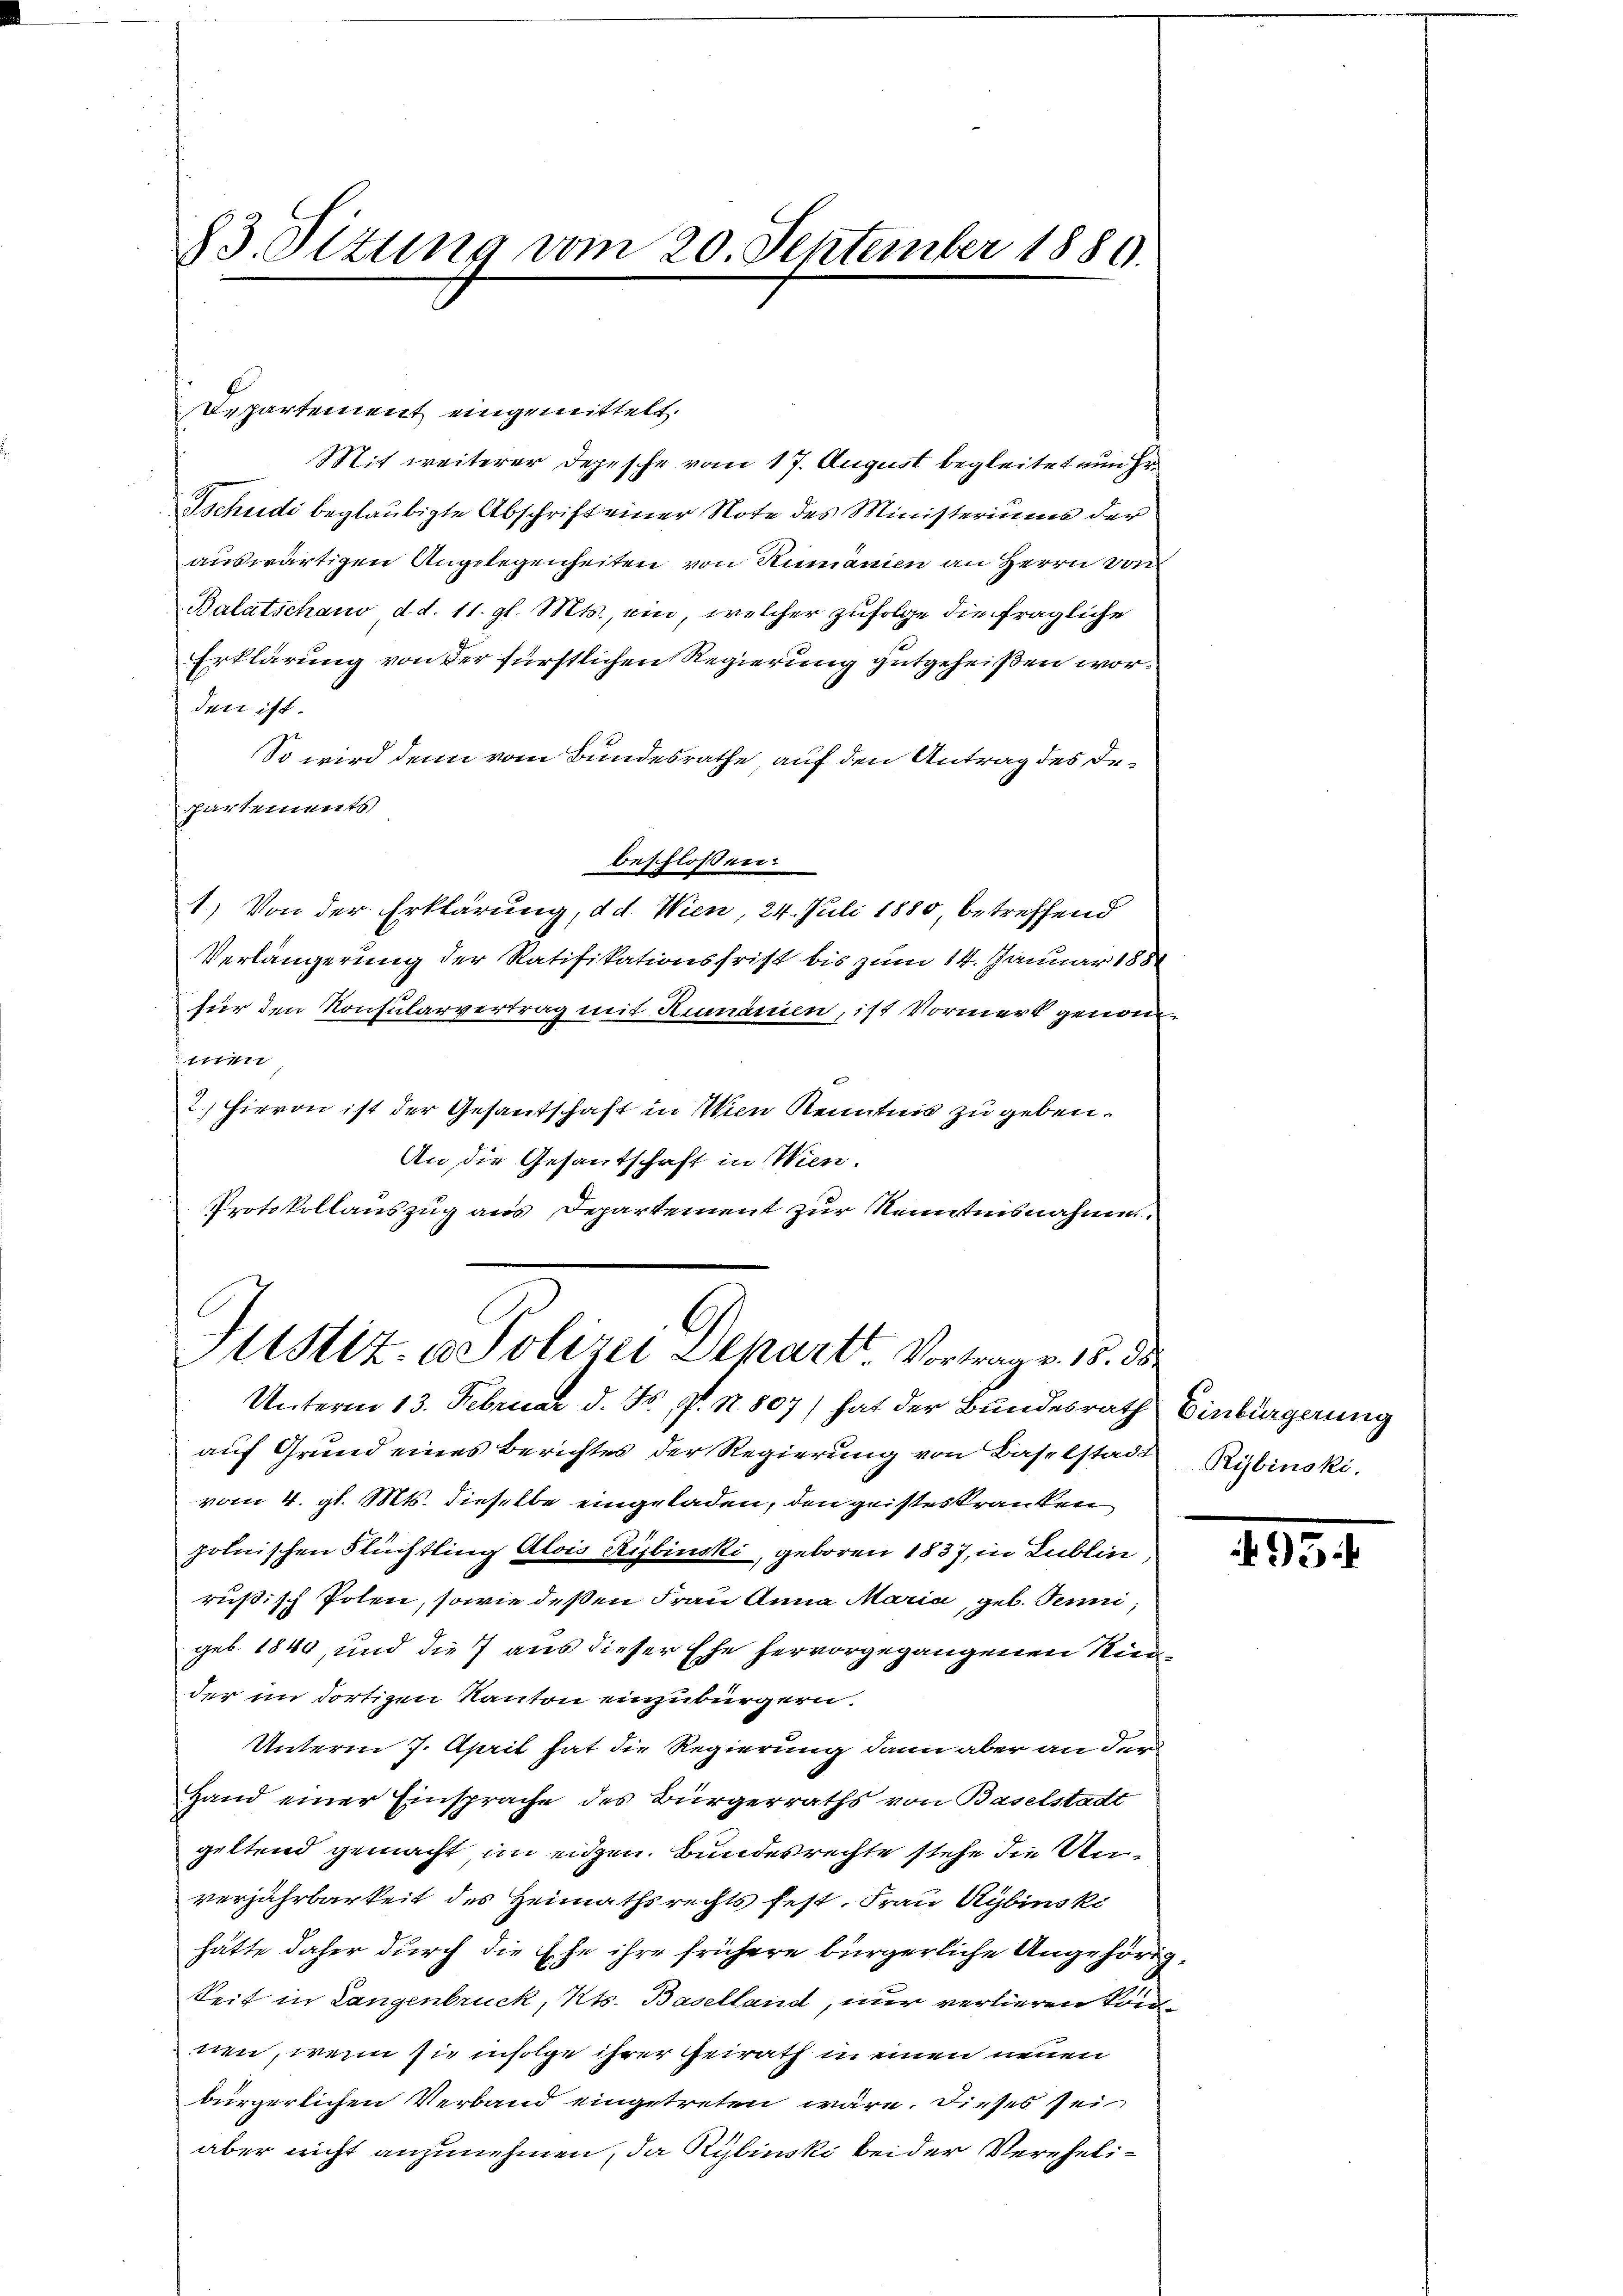
83. Sitzung vom 20. September 1889.

Departement eingemittelt.
Mit weiterer Depesche vom 17. August begleitet nun Hr.
Tschudi beglaubigte Abschrift einer Note des Ministeriums der
auswärtigen Angelegenheiten von Rumänien an Herrn von
Balatschaus d. d. 11. gl. Mts., ein, welcher zufolge die fragliche
Erklärung von der fürstlichen Regierung gutgeheißen worden ist.
So wird denn vom Bundesrathe auf den Antrag des Departements
beschlossen:
1.) Von der Erklärung, d. d. Wien, 24. Juli 1880, betreffend
Verlängerung der Ratifikationsfrist bis zum 14. Januar 188
für den Konsularvertrag mit Rumänien, ist Vormerk genom¬
1
2.) Hievon ist der Gesantschaft in Wien Kenntnis zu geben.
An die Gesantschaft in Wien.
Protokollauszug aus Departement zur Kenntnisnahme.

G
Justiz- u. Polizei Separt. Vortrag v. 18. ds.

Unterm 13. Februar d. F. P. N. 807) hat der Bundesrath Einbürgerung
auf Grund eines Berichtes der Regierung von Baselstadt
vom 4. gl. Mts. dieselbe eingeladen, den geisteskranken
polnischen Flüchtling Alois Rybinski, geboren 1837, in Lublin
rüßisch Polen, sowie deßen Frau Anna Maria, geb. Tenni,
geb. 1840, und die 7 aus dieser Ehe hervorgegangenen Rindder im dortigen Kanton einzubürgern.
Unterm 7. April hat die Regierung dann aber an der
Hand einer Einsprache des Bürgerraths von Baselstadt
geltend gemacht, im eitzen. Bundesrechte stehe die Unverjährbarkeit des Heimathsrechts fest. Frau Rybinski
hätte daher durch die Ehe ihre frühere bürgerliche Angehörig¬
Seit in Langenbruck, Kts. Baselland, nur verlieren kön
nen, wenn sie infolge ihrer Geirath in einen neuen
bürgerlichen Verband eingetreten wäre. Dieses sei
aber nicht anzunehmen, da Rybinski beider Vereheli¬

Rybinski.

495